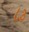
૮૩